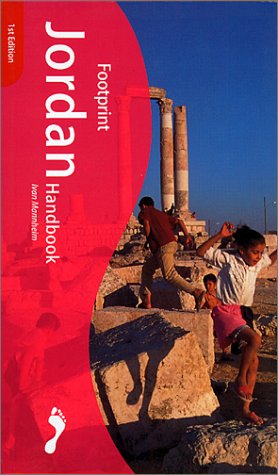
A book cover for Jordan Handbook (Footprint - Travel Guides); Ivan Mannheim; Travel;